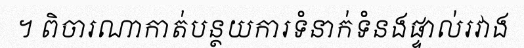
។ ពិចារណាកាត់បន្ថយការទំនាក់ទំនងផ្ទាល់រវាង